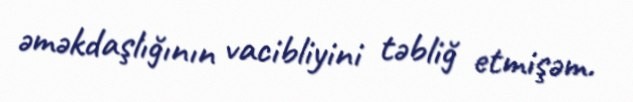
əməkdaşlığının vacibliyini təbliğ etmişəm.